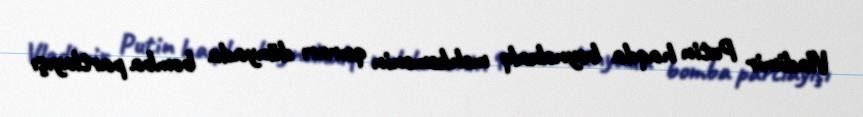
Vladimir Putin haqda beynəlxalq məhkəmənin qəırarı dünyada bomba partlayışı